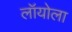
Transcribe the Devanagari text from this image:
लॉयोला